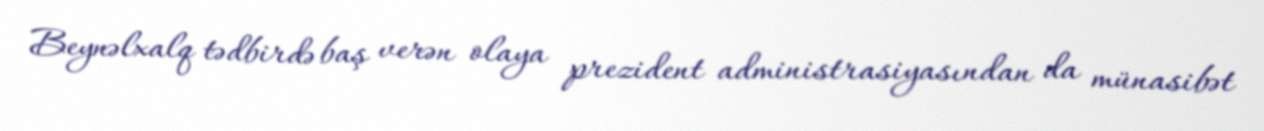
Beynəlxalq tədbirdə baş verən olaya prezident administrasiyasından da münasibət